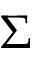
\Sigma